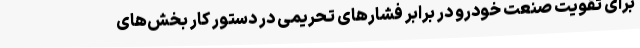
برای تقویت صنعت خودرو در برابر فشارهای تحریمی در دستور کار بخش‌های